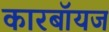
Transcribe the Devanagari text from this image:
कारबॉयज